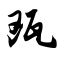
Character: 瓯